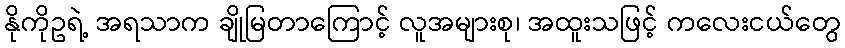
နိုကိုဥရဲ့ အရသာက ချိုမြတာကြောင့် လူအများစု၊ အထူးသဖြင့် ကလေးငယ်တွေ